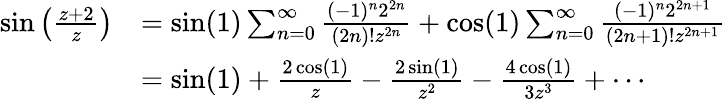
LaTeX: \begin{array}{rl}{\sin\left(\frac{z+2}z\right)}&{=\sin(1)\sum_{n=0}^{\infty}\frac{(-1)^{n}2^{2n}}{(2n)!z^{2n}}+\cos(1)\sum_{n=0}^{\infty}\frac{(-1)^{n}2^{2n+1}}{(2n+1)!z^{2n+1}}}\\ &{=\sin(1)+\frac{2\cos(1)}z-\frac{2\sin(1)}{z^{2}}-\frac{4\cos(1)}{3z^{3}}+\cdots}\end{array}